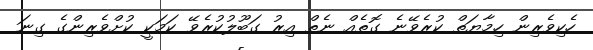
ހެކިވެރިން ހިމާޔަތް ކުރެވޭނެ ގޮތެއް ނެތް އިރު ގަބޫލުކުރެވޭ ކަމަކީ ކުށްވެރިންގެ ގިނަ